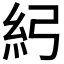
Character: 𥾏